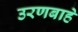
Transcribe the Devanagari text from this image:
उरणबाहे